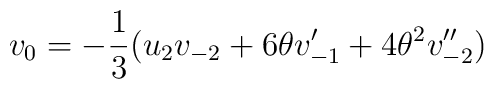
v_{{0}} =-\frac{1}{3} (u_{2}v_{-2}+6\theta v'_{-1}+4{\theta}^{2} v''_{-2})